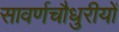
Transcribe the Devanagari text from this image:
सावर्णचौधुरीयों